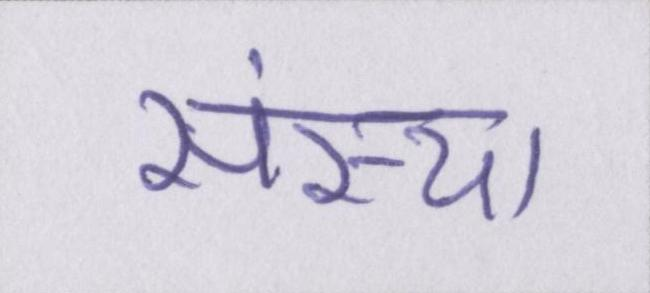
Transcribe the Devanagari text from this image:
संस्था